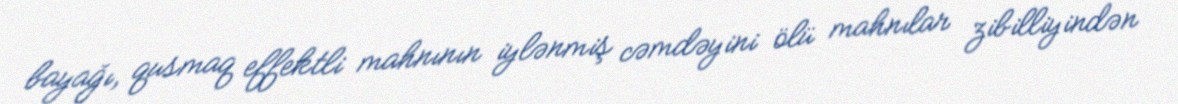
bayağı, qusmaq effektli mahnının iylənmiş cəmdəyini ölü mahnılar zibilliyindən